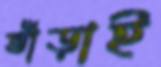
ভাঁড়াই